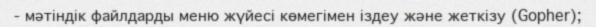
- мәтіндік файлдарды меню жүйесі көмегімен іздеу және жеткізу (Gopher);